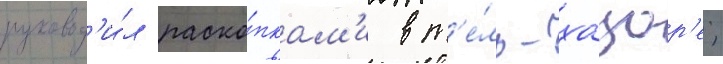
руковод'и́л раско́пкам'и в т'е́ль-хацор'е;